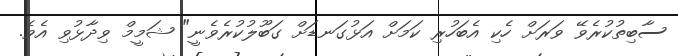
ސާބިތުކުރެވޭ ވަރަށް ހެކި އެބަހުރި ކަމަށް އަޅުގަނޑަށް ގަބޫލުކުރެވެނީ" ޝަމީމް ވިދާޅުވި އެވެ.